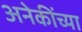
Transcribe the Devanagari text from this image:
अनेकींच्या